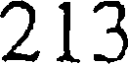
213